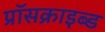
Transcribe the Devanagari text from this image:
प्रॉसक्राइब्ड